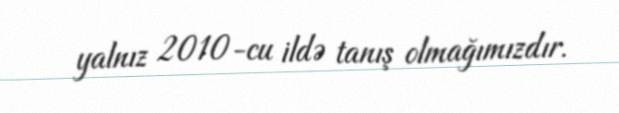
yalnız 2010-cu ildə tanış olmağımızdır.